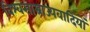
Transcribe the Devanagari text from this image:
विश्वसाम्राज्यवादियों